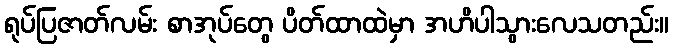
ရုပ်ပြဇာတ်လမ်း စာအုပ်တွေ ပိတ်ထာထဲမှာ အဟိပါသွားလေသတည်း။